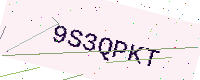
Text: 9S3QPKT